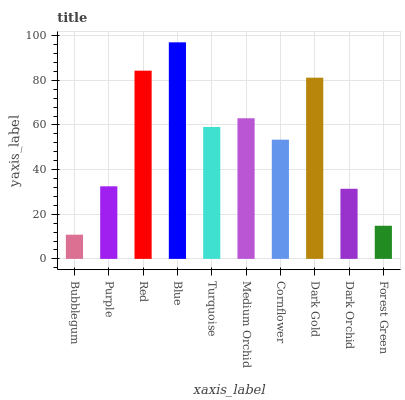
| xaxis_label | bars |
 | --- | --- |
 | Bubblegum | 10.8 |
 | Purple | 32.5 |
 | Red | 84.3 |
 | Blue | 97 |
 | Turquoise | 59.1 |
 | Medium Orchid | 63 |
 | Cornflower | 53.4 |
 | Dark Gold | 81.2 |
 | Dark Orchid | 31.4 |
 | Forest Green | 14.8 |